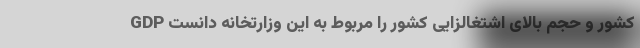
GDP کشور و حجم بالای اشتغالزایی کشور را مربوط به این وزارتخانه دانست